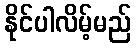
နိုင်ပါလိမ့်မည်